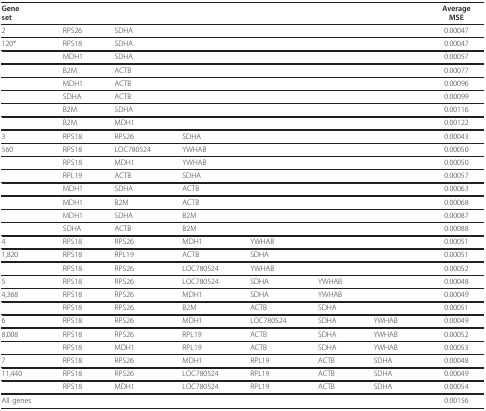
<table><thead><tr><td><b>Geneset</b></td><td></td><td></td><td></td><td></td><td></td><td></td><td><b>AverageMSE</b></td></tr></thead><tbody><tr><td>2</td><td>RPS26</td><td>SDHA</td><td></td><td></td><td></td><td></td><td>0.00047</td></tr><tr><td>120*</td><td>RPS18</td><td>SDHA</td><td></td><td></td><td></td><td></td><td>0.00047</td></tr><tr><td></td><td>MDH1</td><td>SDHA</td><td></td><td></td><td></td><td></td><td>0.00057</td></tr><tr><td></td><td>B2M</td><td>ACTB</td><td></td><td></td><td></td><td></td><td>0.00077</td></tr><tr><td></td><td>MDH1</td><td>ACTB</td><td></td><td></td><td></td><td></td><td>0.00096</td></tr><tr><td></td><td>SDHA</td><td>ACTB</td><td></td><td></td><td></td><td></td><td>0.00099</td></tr><tr><td></td><td>B2M</td><td>SDHA</td><td></td><td></td><td></td><td></td><td>0.00116</td></tr><tr><td></td><td>B2M</td><td>MDH1</td><td></td><td></td><td></td><td></td><td>0.00122</td></tr><tr><td>3</td><td>RPS18</td><td>RPS26</td><td>SDHA</td><td></td><td></td><td></td><td>0.00043</td></tr><tr><td>560</td><td>RPS18</td><td>LOC780524</td><td>YWHAB</td><td></td><td></td><td></td><td>0.00050</td></tr><tr><td></td><td>RPS18</td><td>MDH1</td><td>YWHAB</td><td></td><td></td><td></td><td>0.00050</td></tr><tr><td></td><td>RPL19</td><td>ACTB</td><td>SDHA</td><td></td><td></td><td></td><td>0.00057</td></tr><tr><td></td><td>MDH1</td><td>SDHA</td><td>ACTB</td><td></td><td></td><td></td><td>0.00063</td></tr><tr><td></td><td>MDH1</td><td>B2M</td><td>ACTB</td><td></td><td></td><td></td><td>0.00068</td></tr><tr><td></td><td>MDH1</td><td>SDHA</td><td>B2M</td><td></td><td></td><td></td><td>0.00087</td></tr><tr><td></td><td>SDHA</td><td>ACTB</td><td>B2M</td><td></td><td></td><td></td><td>0.00088</td></tr><tr><td>4</td><td>RPS18</td><td>RPS26</td><td>MDH1</td><td>YWHAB</td><td></td><td></td><td>0.00051</td></tr><tr><td>1,820</td><td>RPS18</td><td>RPL19</td><td>ACTB</td><td>SDHA</td><td></td><td></td><td>0.00051</td></tr><tr><td></td><td>RPS18</td><td>RPS26</td><td>LOC780524</td><td>YWHAB</td><td></td><td></td><td>0.00052</td></tr><tr><td>5</td><td>RPS18</td><td>RPS26</td><td>LOC780524</td><td>SDHA</td><td>YWHAB</td><td></td><td>0.00048</td></tr><tr><td>4,368</td><td>RPS18</td><td>RPS26</td><td>MDH1</td><td>SDHA</td><td>YWHAB</td><td></td><td>0.00049</td></tr><tr><td></td><td>RPS18</td><td>RPS26</td><td>B2M</td><td>ACTB</td><td>SDHA</td><td></td><td>0.00051</td></tr><tr><td>6</td><td>RPS18</td><td>RPS26</td><td>MDH1</td><td>LOC780524</td><td>SDHA</td><td>YWHAB</td><td>0.00049</td></tr><tr><td>8,008</td><td>RPS18</td><td>RPS26</td><td>RPL19</td><td>ACTB</td><td>SDHA</td><td>YWHAB</td><td>0.00052</td></tr><tr><td></td><td>RPS18</td><td>MDH1</td><td>RPL19</td><td>ACTB</td><td>SDHA</td><td>YWHAB</td><td>0.00053</td></tr><tr><td>7</td><td>RPS18</td><td>RPS26</td><td>MDH1</td><td>RPL19</td><td>ACTB</td><td>SDHA</td><td>0.00048</td></tr><tr><td>11,440</td><td>RPS18</td><td>RPS26</td><td>LOC780524</td><td>RPL19</td><td>ACTB</td><td>SDHA</td><td>0.00049</td></tr><tr><td></td><td>RPS18</td><td>MDH1</td><td>LOC780524</td><td>RPL19</td><td>ACTB</td><td>SDHA</td><td>0.00054</td></tr><tr><td>All genes</td><td></td><td></td><td></td><td></td><td></td><td></td><td>0.00156</td></tr></tbody></table>